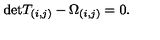
\mathrm { d e t } T _ { ( i , j ) } - \Omega _ { ( i , j ) } = 0 .